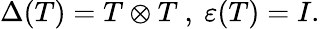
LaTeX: \Delta(T)=T\otimes T~,~\varepsilon(T)=I.